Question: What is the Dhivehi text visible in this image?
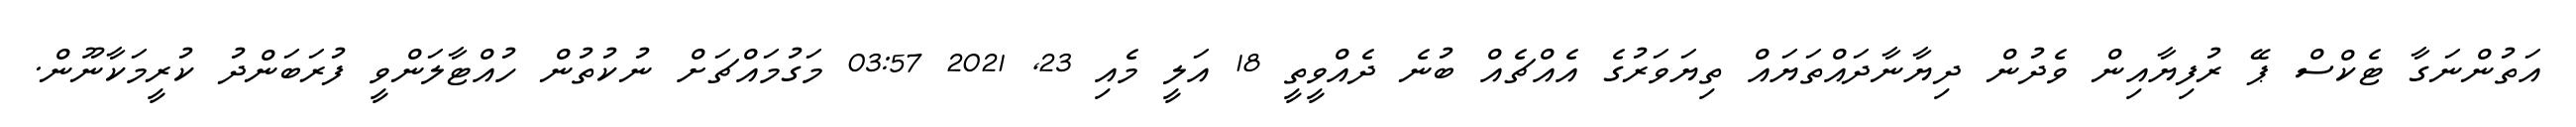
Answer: އަތުންނަގާ ޓެކްސް ޕޭ ރުފިޔާއިން ވެދުން ދިޔާނާދައްތަޔައް ތިޔަވަރުގެ އެއްޗެއް ބުނެ ދެއްވީތީ 18 އަލީ މެއި 23, 2021 03:57 މަގުމައްޗަށް ނުކުތުން ހުއްޓާލަންވީ ފުރަބަންދު ކުރީމަކާނޫން.